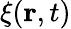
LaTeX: \xi({\mathbf r},t)